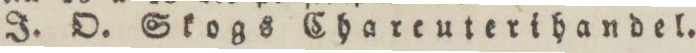
J. O. Skogs Chareuterihandel.